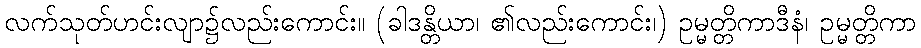
လက်သုတ်ဟင်းလျာ၌လည်းကောင်း။ (ခါဒန္တိယာ၊ ၏လည်းကောင်း၊) ဥမ္မတ္တိကာဒီနံ၊ ဥမ္မတ္တိကာ